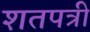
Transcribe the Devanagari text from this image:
शतपत्री